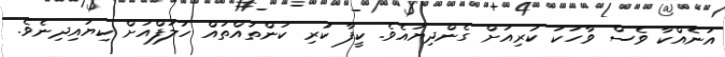
އަނެއްކާ ވެސް ވާހަކަ ކުރިއަށް ގެންދިޔައެވެ. ކީފާ ކުރި ކަންތައްތައް ހަލަފްއަށް ކިޔައިދިނެވެ.